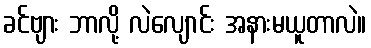
ခင်ဗျား ဘာလို့ လဲလျောင်း အနားမယူတာလဲ။